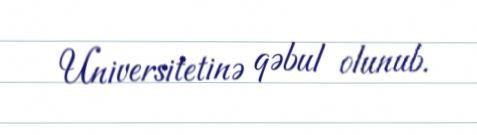
Universitetinə qəbul olunub.